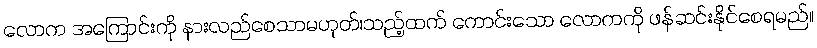
လောက အကြောင်းကို နားလည်စေသာမဟုတ်၊သည့်ထက် ကောင်းသော လောကကို ဖန်ဆင်းနိုင်စေရမည်။